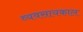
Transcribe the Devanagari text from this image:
व्यवसायकाल